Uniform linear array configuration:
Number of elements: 12
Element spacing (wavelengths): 0.75
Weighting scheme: kaiser
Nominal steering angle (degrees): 60
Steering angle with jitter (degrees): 60.044
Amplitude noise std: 0.05
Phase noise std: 0.05

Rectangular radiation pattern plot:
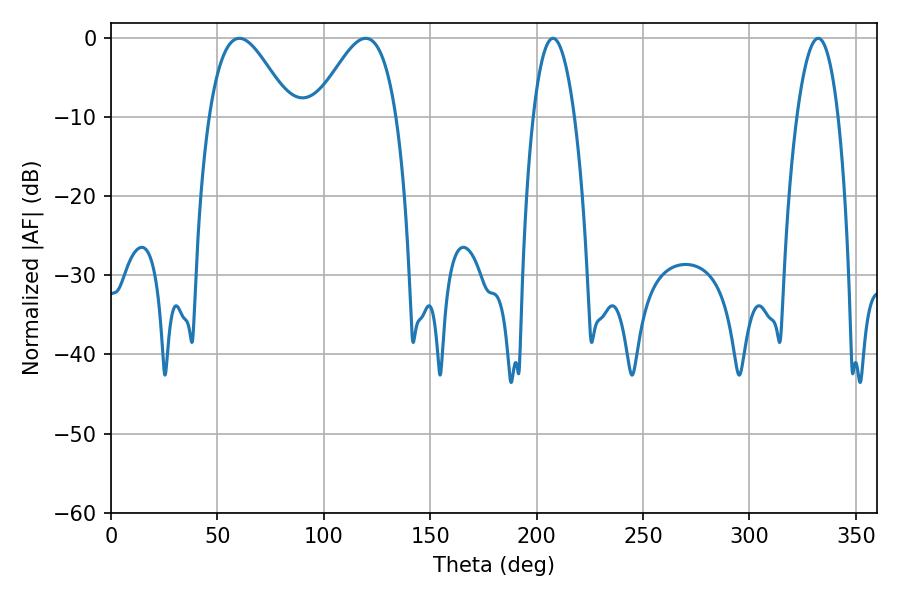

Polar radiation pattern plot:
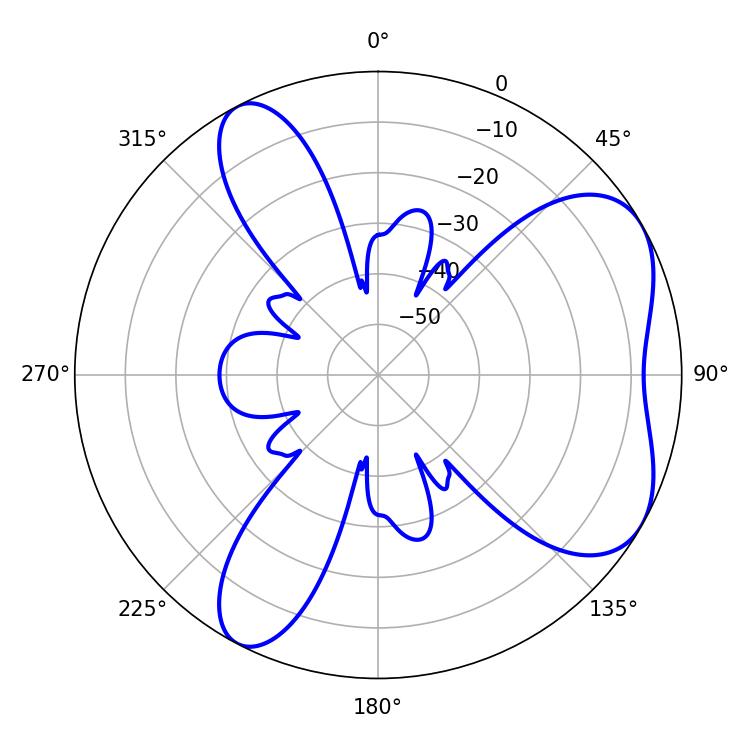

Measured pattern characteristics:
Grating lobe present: TRUE
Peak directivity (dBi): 5.754
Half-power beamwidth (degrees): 20.52
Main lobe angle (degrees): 60.3